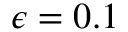
\epsilon = 0 . 1